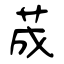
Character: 荿